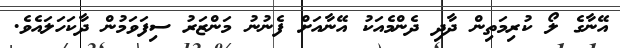
އޭނާގެ ލޯ ކުރިމަތިން ދާދި ދެންމެއަކު އޭނާއަށް ފެނުނު މަންޒަރު ސިފަވަމުން ދާކަހަލައެވެ.